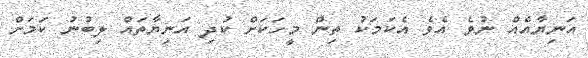
އަނިޔާއެއް ނުވެ އެވެ އެކަމަކު ތިން މީހަކަށް ކުދި އަނިޔާތައް ލިބުނު ކަމަށް